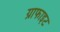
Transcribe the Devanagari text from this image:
ग्राफाइट